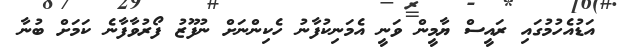
އަޑުއެހުމުގައި ރައީސް ޔާމީން ވަނީ އެމަނިކުފާނު ހެކިންނަށް ނުފޫޒު ފޯރުވާފާނެ ކަމަށް ބުނާ